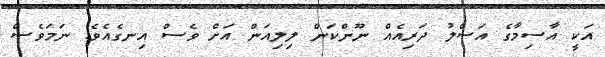
އަކީ އާސިމާގެ އަސްލު ދަރިއެއް ނޫންކަން ލިލިއަން އަށް ވެސް އިނގެއެވެ. ނަމަވެސް